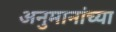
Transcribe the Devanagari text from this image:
अनुमानांच्या